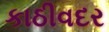
કાઠીવદર